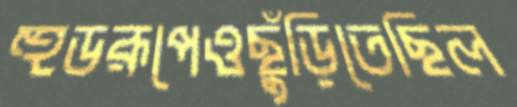
হুডরূপেওছুঁড়িতেছিল